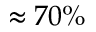
\approx 7 0 \%